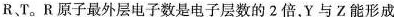
R T。R原子最外层电子数是电子层数的2倍，Y与Z能形成